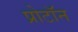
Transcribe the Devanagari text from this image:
प्रोटाॅन